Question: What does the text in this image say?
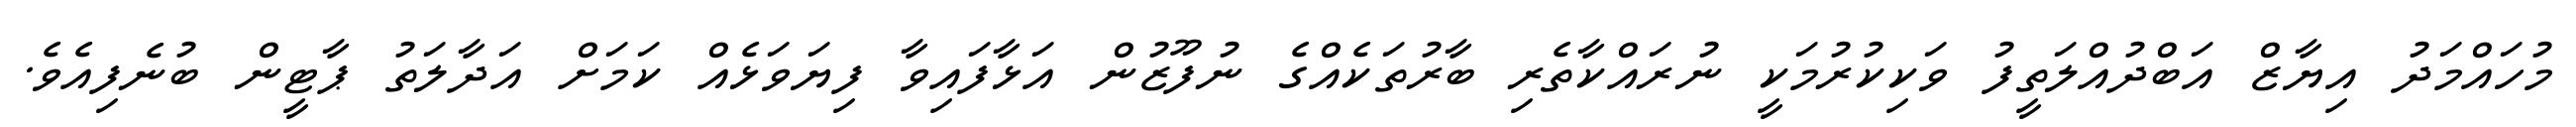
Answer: މުހައްމަދު އިޔާޒް އަބްދުއްލަތީފު ވަކިކުރުމަކީ ނުރައްކާތެރި ބާރުތަކެއްގެ ނުފޫޒުން އަޅާފައިވާ ފިޔަވަޅެއް ކަމަށް އަދާލަތު ޕާޓީން ބުނެފިއެވެ.